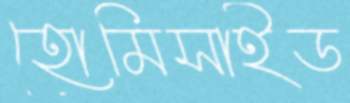
হোমিসাইড